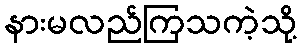
နားမလည်ကြသကဲ့သို့